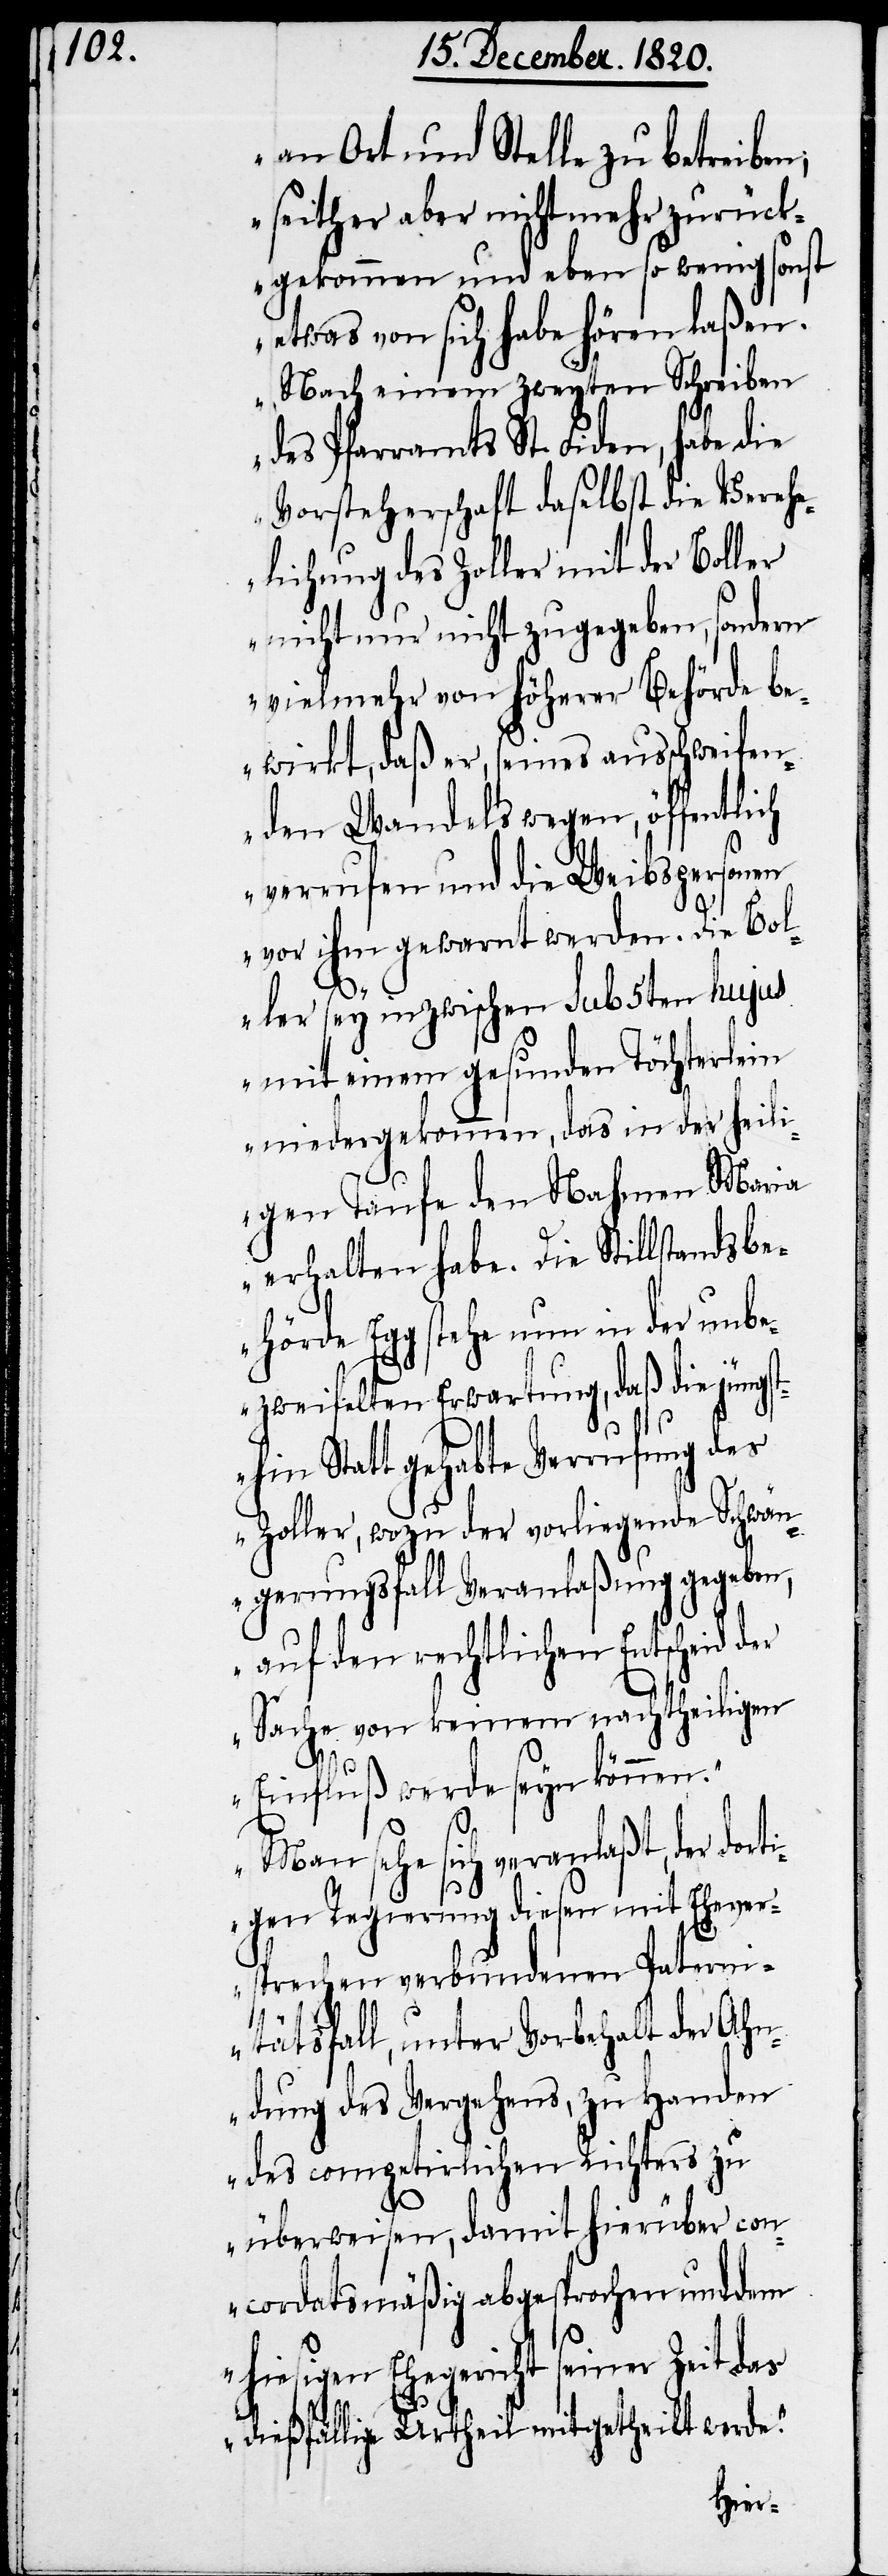
an Ort und Stelle zu betreiben;
seither aber nicht mehr zurück¬
gekommen und ebenso wenig sonst
etwas von sich habe hören laßen.
Nach einem zweyten Schreiben
des Pfarramts St. Fieden, habe die
Vorsteherschaft daselbst die Verehe¬
lichung des Zoller mit der Boller
nicht nur nicht zugegeben, sondern
vielmehr von höherer Behörde be¬
wirkt, daß er, seines ausschweifen¬
den Wandels wegen, öffentlich
verrufen und die Weibspersonen
vor ihm gewarnt werden. Die Bol¬
ler sey inzwischen sub 5ten hujus
mit einem gesunden Töchterlein
niedergekommen, das in der heili¬
gen Taufe den Nahmen Maria
erhalten habe. Die Stillstandsbe¬
hörde Egg stehe nun in der unb¬
ezweifelten Erwartung, daß die jüngst¬
hin Statt gehabte Verrufung des
Zoller, wozu der vorliegende Schwän¬
gerungsfall Veranlaßung gegeben,
auf den rechtlichen Entscheid der
Sache von keinem nachtheiligem
Einfluß werde seyn können.
Man sehe sich veranlaßt, der dort¬
igen Regierung diesen mit Ehever¬
sprechen verbundenen Patern¬
itätsfall, unter Vorbehalt der Ahn¬
dung des Vergehens, zu Handen
des competirlichen Richters zu
überweisen, damit hierüber con¬
cordatsmäßig abgesprochen und dem
hiesigen Ehegericht seiner Zeit das
dießfällige Urtheil mitgetheilt werde.